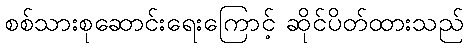
စစ်သားစုဆောင်းရေးကြောင့် ဆိုင်ပိတ်ထားသည်